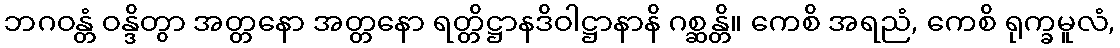
ဘဂဝန္တံ ဝန္ဒိတွာ အတ္တနော အတ္တနော ရတ္တိဋ္ဌာနဒိဝါဋ္ဌာနာနိ ဂစ္ဆန္တိ။ ကေစိ အရညံ, ကေစိ ရုက္ခမူလံ,